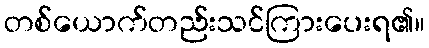
တစ်ယောက်တည်းသင်ကြားပေးရ၏။